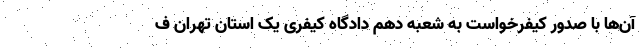
آن‌ها با صدور کیفرخواست به شعبه دهم دادگاه کیفری یک استان تهران ف